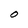
Character: O